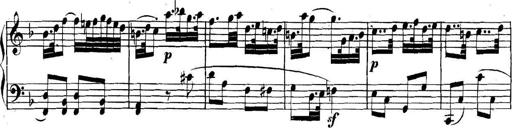
Title: Collected Piano Sonatas
Composer: Muzio Clementi